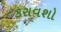
કરાવશો